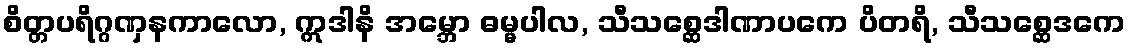
စိတ္တပရိဂ္ဂဏှနကာလော, ဣဒါနိ အမ္ဘော ဓမ္မပါလ, သီသစ္ဆေဒါဏာပကေ ပိတရိ, သီသစ္ဆေဒကေ